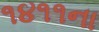
૧૪૧૧ના